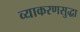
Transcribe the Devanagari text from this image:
व्याकरणसुद्धा